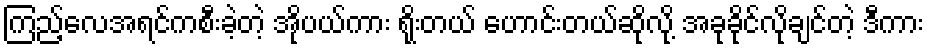
ကြည့်လေအရင်ကစီးခဲ့တဲ့ အိုပယ်ကား ရိုးတယ် ဟောင်းတယ်ဆိုလို့ အခုခိုင်လိုချင်တဲ့ ဒီကား